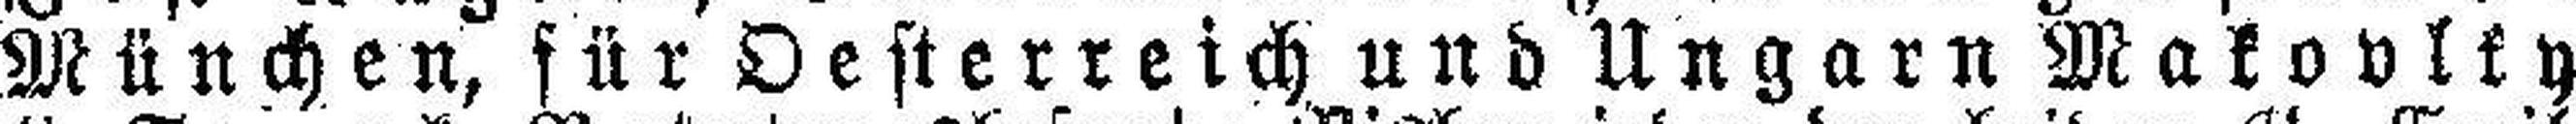
München, für Oesterreich und Ungarn Makovlky